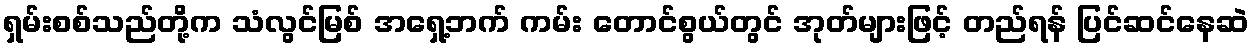
ရှမ်းစစ်သည်တို့က သံလွင်မြစ် အရှေ့ဘက် ကမ်း တောင်စွယ်တွင် အုတ်များဖြင့် တည်ရန် ပြင်ဆင်နေဆဲ